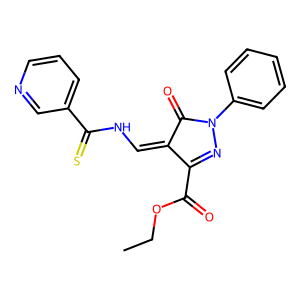
SMILES: CCOC(=O)C1=NN(c2ccccc2)C(=O)C1=CNC(=S)c1cccnc1
Inhibits HIV replication: No